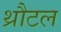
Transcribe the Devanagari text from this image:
थ्रौटल